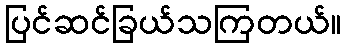
ပြင်ဆင်ခြယ်သကြတယ်။